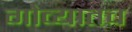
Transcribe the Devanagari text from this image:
गोव्यातच